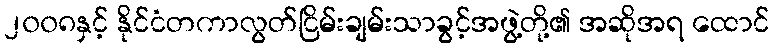
၂၀၀၈နှင့် နိုင်ငံတကာလွတ်ငြိမ်းချမ်းသာခွင့်အဖွဲ့တို့၏ အဆိုအရ ထောင်